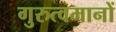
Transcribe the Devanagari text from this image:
गुरुत्वमानों